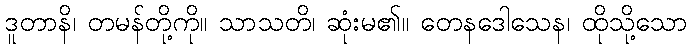
ဒူတာနိ၊ တမန်တို့ကို။ သာသတိ၊ ဆုံးမ၏။ တေနဒေါသေန၊ ထိုသို့သော